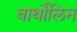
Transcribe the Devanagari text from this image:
बार्थोलिन